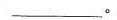
___。